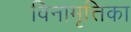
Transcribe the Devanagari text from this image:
विनामृत्तिका